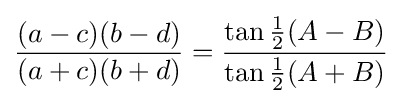
{\frac {(a-c)(b-d)}{(a+c)(b+d)}}={\frac {\tan {\tfrac {1}{2}}(A-B)}{\tan {\tfrac {1}{2}}(A+B)}}